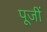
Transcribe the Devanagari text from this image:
पूजीं